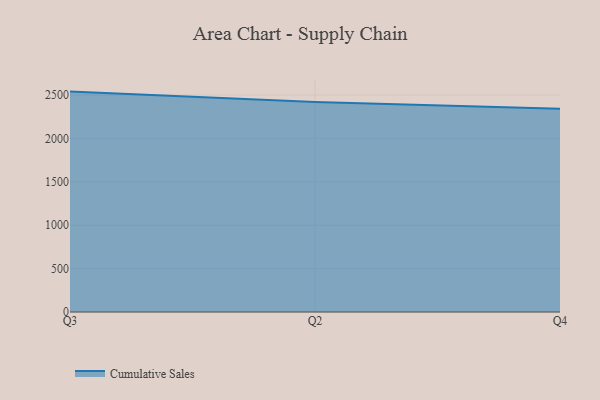
{"axis": {"x": "Quarter", "y": "Energy Usage (MWh)"}, "legend": ["Cumulative Sales"], "data": [{"x": "Q3", "y": 2539.5, "type": "Cumulative Sales"}, {"x": "Q2", "y": 2420.2, "type": "Cumulative Sales"}, {"x": "Q4", "y": 2343.2, "type": "Cumulative Sales"}]}